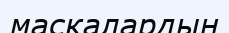
маскалардың